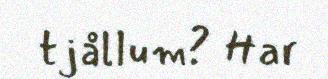
tjållum? Har